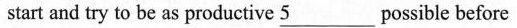
start and try to be as productive \underline{5} possible before